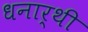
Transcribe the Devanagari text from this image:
धनार्थी